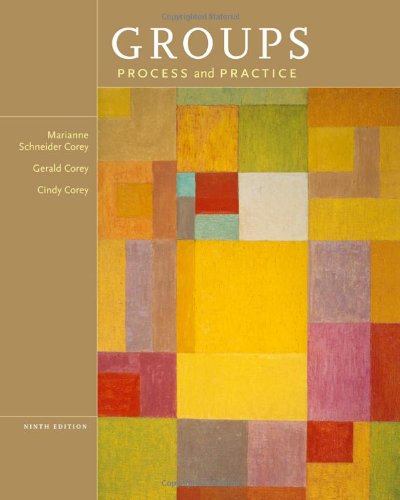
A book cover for Groups: Process and Practice, 9th Edition (HSE 112 Group Process I); Marianne Schneider Corey; Education & Teaching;